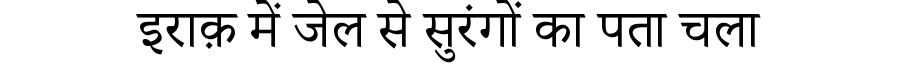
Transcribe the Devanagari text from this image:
इराक़ में जेल से सुरंगों का पता चला